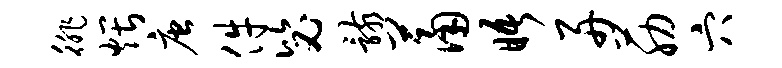
徘煨唐件毖骸萧晤舟筋穴